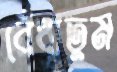
বেঁধাতুম